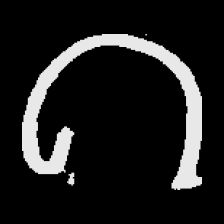
Pyu character \u2014 Myanmar letter: ဂ (romanized: ga)